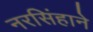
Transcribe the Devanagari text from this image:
नरसिंहाने